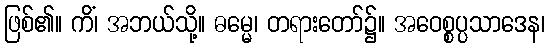
ဖြစ်၏။ ကိံ၊ အဘယ်သို့။ ဓမ္မေ၊ တရားတော်၌။ အဝေစ္စပ္ပသာဒေန၊